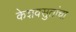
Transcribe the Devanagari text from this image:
केशवसुतांचा